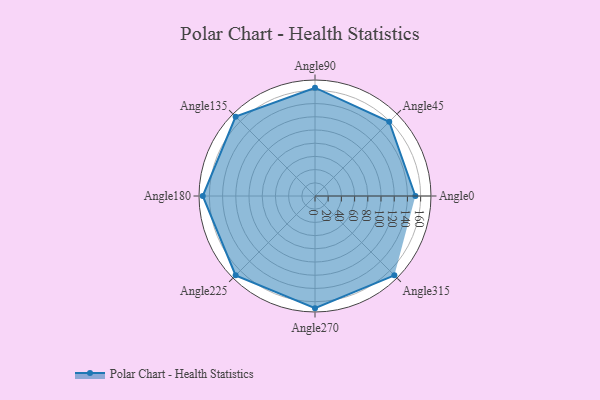
{"axis": {"x": "Angle", "y": "Radius"}, "legend": [""], "data": [{"x": "Angle0", "y": 152.0, "type": ""}, {"x": "Angle45", "y": 159.0, "type": ""}, {"x": "Angle90", "y": 164.0, "type": ""}, {"x": "Angle135", "y": 170, "type": ""}, {"x": "Angle180", "y": 170, "type": ""}, {"x": "Angle225", "y": 170, "type": ""}, {"x": "Angle270", "y": 170, "type": ""}, {"x": "Angle315", "y": 170, "type": ""}]}